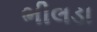
ભીલડા